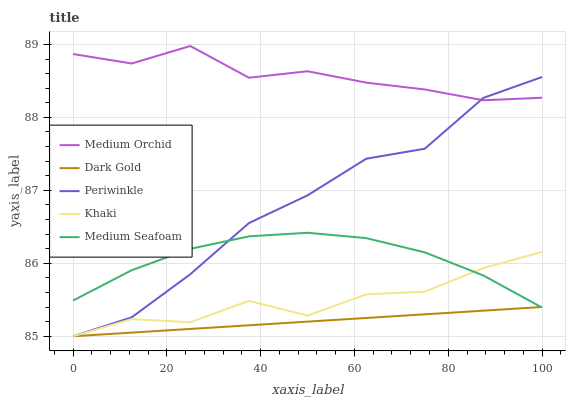
| xaxis_label | Medium Orchid | Dark Gold | Periwinkle | Khaki | Medium Seafoam |
 | --- | --- | --- | --- | --- | --- |
 | 0 | 88.9 | 85 | 85 | 85 | 85.5 |
 | 12.5 | 88.7 | 85.1 | 85.3 | 85.2 | 85.9 |
 | 25 | 89 | 85.1 | 85.9 | 85.2 | 86.2 |
 | 37.5 | 88.5 | 85.2 | 86.6 | 85.5 | 86.4 |
 | 50 | 88.6 | 85.2 | 86.9 | 85.3 | 86.4 |
 | 62.5 | 88.5 | 85.3 | 87.4 | 85.6 | 86.3 |
 | 75 | 88.4 | 85.3 | 87.6 | 85.6 | 86.2 |
 | 87.5 | 88.2 | 85.4 | 88.3 | 85.9 | 85.8 |
 | 100 | 88.3 | 85.4 | 88.6 | 86.2 | 85.4 |